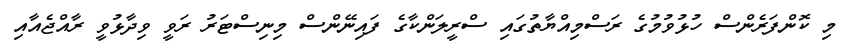
މި ކޮންފަރެންސް ހުޅުވުމުގެ ރަސްމިއްޔާތުގައި ސްރީލަންކާގެ ފައިނޭންސް މިނިސްޓަރު ރަވީ ވިދާޅުވީ ރާއްޖެއާއި